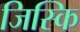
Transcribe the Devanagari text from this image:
जिस्कि